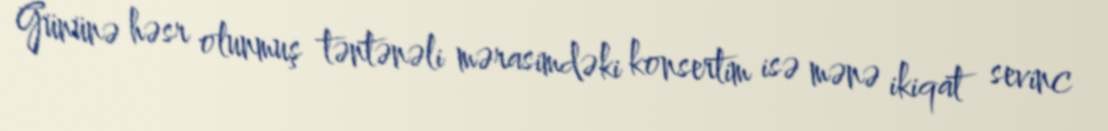
Gününə həsr olunmuş təntənəli mərasimdəki konsertim isə mənə ikiqat sevinc